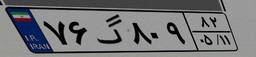
۷۰گ۷۰۲۸۰